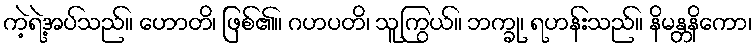
ကဲ့ရဲ့အပ်သည်။ ဟောတိ၊ ဖြစ်၏။ ဂဟပတိ၊ သူကြွယ်။ ဘက္ခု၊ ရဟန်းသည်။ နိမန္တနိကော၊